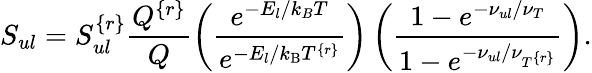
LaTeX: S_{ul}=S_{ul}^{\{ r\} }\frac{Q^{\{ r\} }}{Q}\left(\frac{e^{-E_{l}/k_{B}T}}{e^{-E_{l}/k_{\mathrm{B}}T^{\{ r\} }}}\right)\left(\frac{1-e^{-\nu_{ul}/\nu_{T}}}{1-e^{-\nu_{ul}/\nu_{T^{\{ r\} }}}}\right).